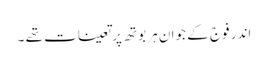
اندر فوج کے جوان ہر بوتھ پر تعینات تھے ۔